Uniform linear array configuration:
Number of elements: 12
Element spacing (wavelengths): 0.75
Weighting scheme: hann
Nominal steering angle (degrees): -15
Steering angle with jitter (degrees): -15.266
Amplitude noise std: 0.05
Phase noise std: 0.05

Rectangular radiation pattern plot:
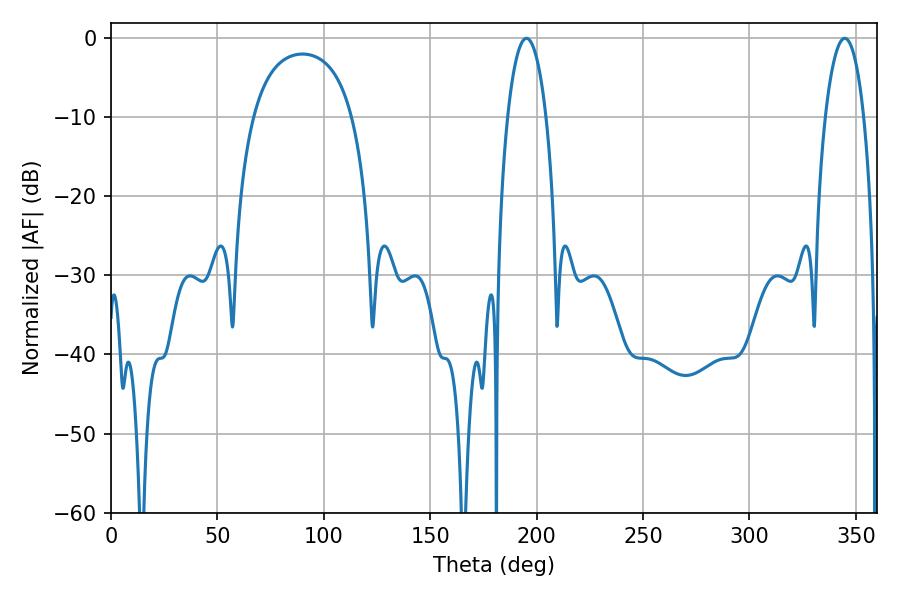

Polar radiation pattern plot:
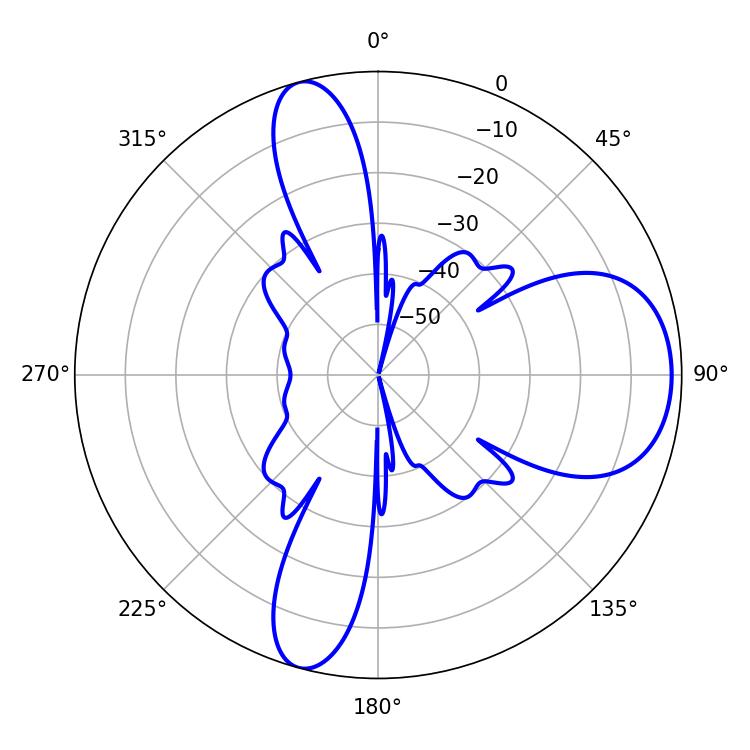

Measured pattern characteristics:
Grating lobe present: TRUE
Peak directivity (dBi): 9.08
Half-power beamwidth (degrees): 10.08
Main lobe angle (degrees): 344.7